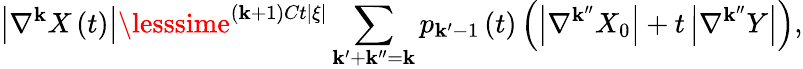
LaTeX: \left\vert\nabla^{\mathbf{k}}X\left(t\right)\right\vert\lesssime^{\left(\mathbf{k}+1\right)Ct\left\vert\xi\right\vert}\sum_{\mathbf{k}^{\prime}+\mathbf{k}^{\prime\prime}=\mathbf{k}}p_{\mathbf{k}^{\prime}-1}\left(t\right)\left(\left\vert\nabla^{\mathbf{k}^{\prime\prime}}X_{0}\right\vert+t\left\vert\nabla^{\mathbf{k}^{\prime\prime}}Y\right\vert\right),